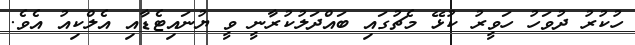
ހުކުރު ދުވަހު ހަވީރު ކުޅޭ މެޗުގައި ބައްދަލުކުރާނީ ވީ ޔުނައިޓެޑާއި އެލްކިއު އެވެ.